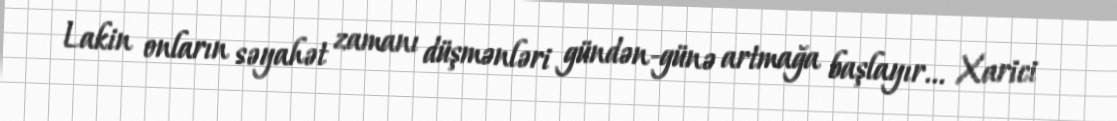
Lakin onların səyahət zamanı düşmənləri gündən-günə artmağa başlayır... Xarici